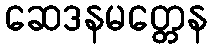
ဆေဒနမတ္တေန